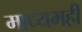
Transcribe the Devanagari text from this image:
माध्यमही